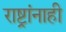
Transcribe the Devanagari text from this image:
राष्ट्रांनाही